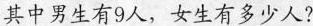
其中男生有9人，女生有 ?